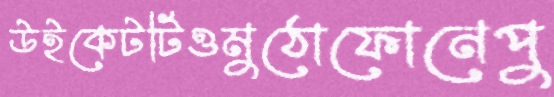
উইকেটটিওমুঠোফোনেপু